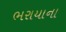
ભરાયાના